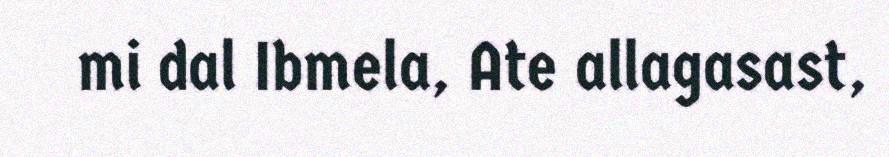
mi dal Ibmela, Ate allagasast,